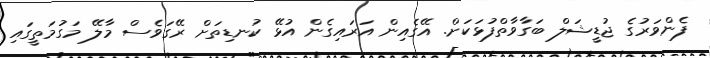
ފެންވަރުގެ ޖުޑީޝަލް ބަގާވާތްފުޅަކަށް. އޭގެއިން އަރައިގެން އުޅޭ ކުނޑިތަށް ރޭގަވެސް މާލޭ މަގުމަތީގައި